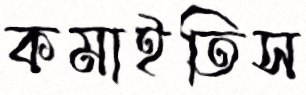
কমাইতিস